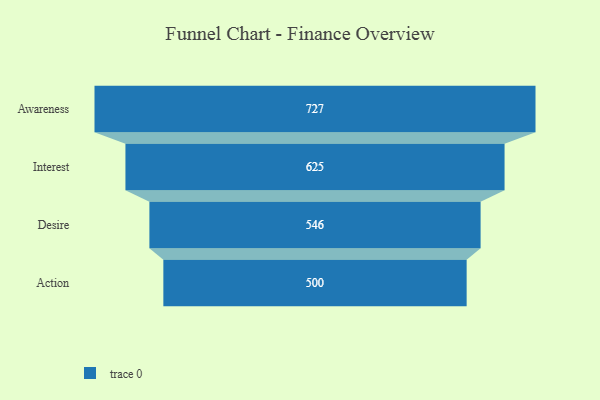
{"axis": {"x": "Stage", "y": "Value"}, "legend": [""], "data": [{"x": "Awareness", "y": 727.0, "type": ""}, {"x": "Interest", "y": 625.0, "type": ""}, {"x": "Desire", "y": 546.0, "type": ""}, {"x": "Action", "y": 500, "type": ""}]}